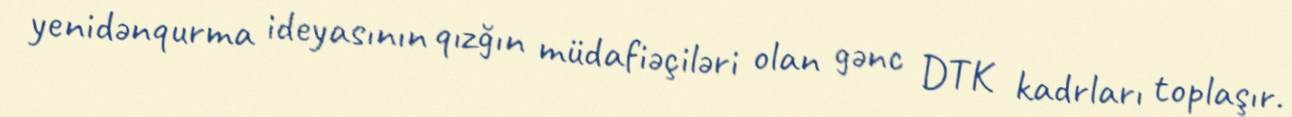
yenidənqurma ideyasının qızğın müdafiəçiləri olan gənc DTK kadrları toplaşır.